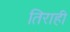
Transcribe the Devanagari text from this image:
तिराही